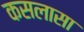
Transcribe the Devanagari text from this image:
कसलासा